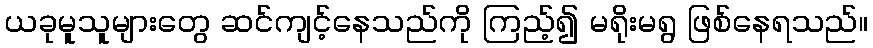
ယခုမူသူများတွေ ဆင်ကျင့်နေသည်ကို ကြည့်၍ မရိုးမရွ ဖြစ်နေရသည်။